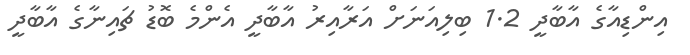
އިންޑިއާގެ އާބާދީ 1.2 ބިލިއަނަށް އަރާއިރު އާބާދީ އެންމެ ބޮޑު ޗައިނާގެ އާބާދީ